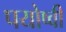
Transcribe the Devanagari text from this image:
पयोष्वी